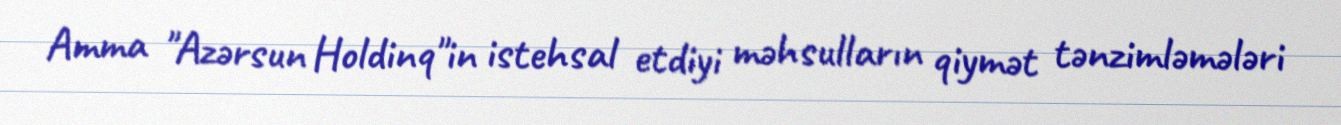
Amma "Azərsun Holdinq"in istehsal etdiyi məhsulların qiymət tənzimləmələri